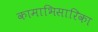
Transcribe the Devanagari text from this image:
कामाभिसारिका